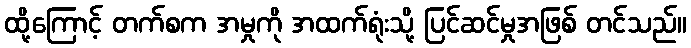
ထို့ကြောင့် တက်စက အမှုကို အထက်ရုံးသို့ ပြင်ဆင်မှုအဖြစ် တင်သည်။